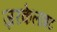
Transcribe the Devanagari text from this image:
ज़रकेलाइट